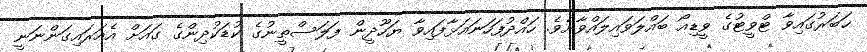
ޚަބަރުގައިވާ ޓްވީޓުގެ ވީޑިއޯ ބައްލަވައިލައްވާށެވެ. ހައްދުފަހަނައަޅާފައިވާ ޔަހޫދީން ފަލަސްޠީނުގެ ކުޑަކުދިންގެ ގައަށް އެއަރައިގަންނަނީ